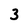
Character: 3